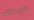
لايملك